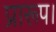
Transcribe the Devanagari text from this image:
प्रारूप।